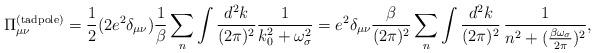
LaTeX: \begin{align*}\Pi_{\mu \nu}^{({\rm tadpole})} = \frac{1}{2} (2 e^2\delta_{\mu \nu}) \frac{1}{\beta} \sum_n \int \frac{d^2k}{(2 \pi)^2}\frac{1}{k_0^2 + \omega_{\sigma}^2} = e^2 \delta_{\mu \nu} \frac{\beta}{(2 \pi)^2} \sum_n \int\frac{d^2k}{(2 \pi)^2}\,\frac{1}{n^2 + (\frac{\beta \omega_{\sigma}}{2\pi})^2},\end{align*}